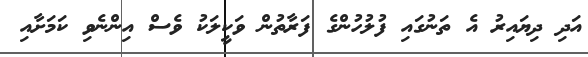
އަދި ދިޔައިރު އެ ތަނުގައި ފުލުހުންގެ ފަރާތުން ވަކީލަކު ވެސް އިންނެވި ކަމަށާއި